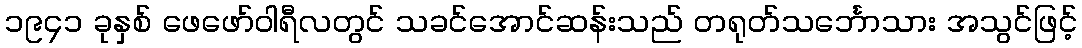
၁၉၄၁ ခုနှစ် ဖေဖော်ဝါရီလတွင် သခင်အောင်ဆန်းသည် တရုတ်သင်္ဘောသား အသွင်ဖြင့်